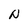
Character: N